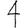
Digit: 4